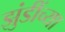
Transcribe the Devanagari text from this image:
झुंडींच्या